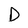
Character: D